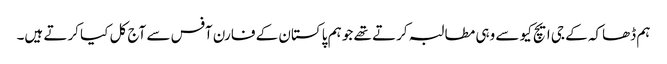
ہم ڈھاکہ کے جی ایچ کیو سے وہی مطالبہ کرتے تھے جو ہم پاکستان کے فارن آفس سے آج کل کیا کرتے ہیں۔